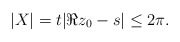
\begin{align*} |X| = t| \Re z_0 - s | \leq 2\pi.\end{align*}